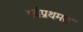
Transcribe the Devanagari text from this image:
सर्वप्रथमतः